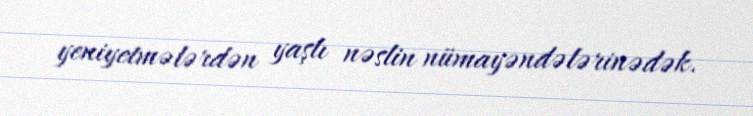
yeniyetmələrdən yaşlı nəslin nümayəndələrinədək.